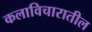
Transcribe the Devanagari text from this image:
कलाविचारातील